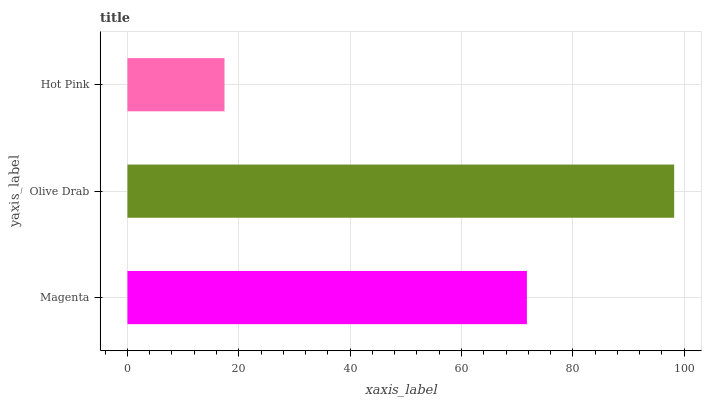
| yaxis_label | bars |
 | --- | --- |
 | Magenta | 71.8 |
 | Olive Drab | 98.2 |
 | Hot Pink | 17.4 |